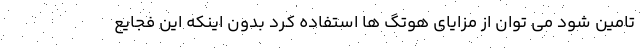
تامین شود می توان از مزایای هوتگ ها استفاده کرد بدون اینکه این فجایع